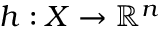
h : X \to \mathbb { R } ^ { n }